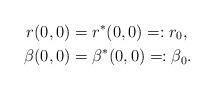
LaTeX: \begin{align*} r(0,0)&=r^\ast(0,0)=:r_0,\\ \beta(0,0)&=\beta^\ast(0,0)=:\beta_0.\end{align*}